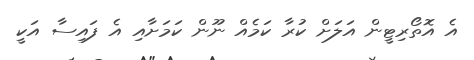
އެ އޮތޯރިޓީން އަލަށް ކުރާ ކަމެއް ނޫން ކަމަށާއި އެ ފައިސާ އަކީ